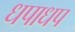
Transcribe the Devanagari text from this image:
धपाधप